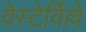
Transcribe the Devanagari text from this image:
वेस्टेर्विल्ले